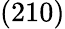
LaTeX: (210)